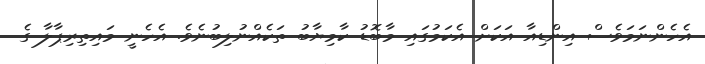
އެހެންނަމަވެސް އިންޑިއާ އަކަށް އެކަމުގައި މާބޮޑު ކާމިޔާބު ތަކެއްނުލިބުނެވެ. އެހެނީ މައިތިރިޕާލާ ގެ